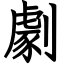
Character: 劇